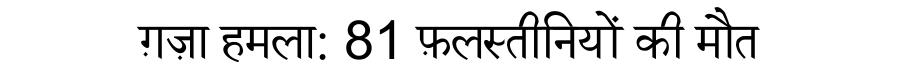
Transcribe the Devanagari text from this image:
ग़ज़ा हमला: 81 फ़लस्तीनियों की मौत